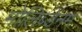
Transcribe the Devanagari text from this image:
मोलिब्डेंनम